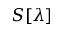
S [ \lambda ]